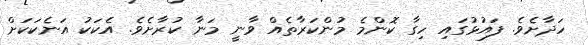
ހަދާށެވެ. ފައުޅުގައި ހިގާ ކޮންމެ މުންކަރާތެއް ވާނީ މަނާ ކުރާށެވެ. އެކަކު އަނެކަކަށް